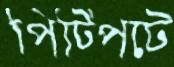
পিট্‌পিটে